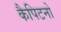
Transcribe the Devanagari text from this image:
कैपिटनो